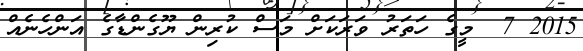
2015 7  މީގެ ހަތަރު ވަރަކަށް މަސް ކުރިން ޔޫގެންޑާގެ އަންހެނެއް